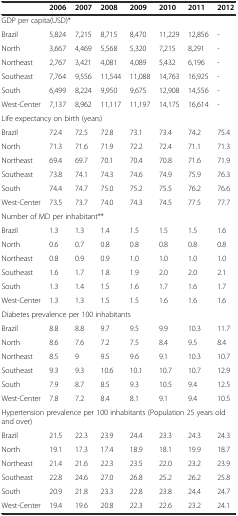
<table><thead><tr><td></td><td><b>2006</b></td><td><b>2007</b></td><td><b>2008</b></td><td><b>2009</b></td><td><b>2010</b></td><td><b>2011</b></td><td><b>2012</b></td></tr></thead><tbody><tr><td colspan="8">GDP per capita(USD)*</td></tr><tr><td>Brazil</td><td>5,824</td><td>7,215</td><td>8,715</td><td>8,470</td><td>11,229</td><td>12,856</td><td>-</td></tr><tr><td>North</td><td>3,667</td><td>4,469</td><td>5,568</td><td>5,320</td><td>7,215</td><td>8,291</td><td>-</td></tr><tr><td>Northeast</td><td>2,767</td><td>3,421</td><td>4,081</td><td>4,089</td><td>5,432</td><td>6,196</td><td>-</td></tr><tr><td>Southeast</td><td>7,764</td><td>9,556</td><td>11,544</td><td>11,088</td><td>14,763</td><td>16,925</td><td>-</td></tr><tr><td>South</td><td>6,499</td><td>8,224</td><td>9,950</td><td>9,675</td><td>12,908</td><td>14,556</td><td>-</td></tr><tr><td>West-Center</td><td>7,137</td><td>8,962</td><td>11,117</td><td>11,197</td><td>14,175</td><td>16,614</td><td>-</td></tr><tr><td colspan="6">Life expectancy on birth (years)</td><td></td><td></td></tr><tr><td>Brazil</td><td>72.4</td><td>72.5</td><td>72.8</td><td>73.1</td><td>73.4</td><td>74.2</td><td>75.4</td></tr><tr><td>North</td><td>71.3</td><td>71.6</td><td>71.9</td><td>72.2</td><td>72.4</td><td>71.1</td><td>71.3</td></tr><tr><td>Northeast</td><td>69.4</td><td>69.7</td><td>70.1</td><td>70.4</td><td>70.8</td><td>71.6</td><td>71.9</td></tr><tr><td>Southeast</td><td>73.8</td><td>74.1</td><td>74.3</td><td>74.6</td><td>74.9</td><td>75.9</td><td>76.3</td></tr><tr><td>South</td><td>74.4</td><td>74.7</td><td>75.0</td><td>75.2</td><td>75.5</td><td>76.2</td><td>76.6</td></tr><tr><td>West-Center</td><td>73.5</td><td>73.7</td><td>74.0</td><td>74.3</td><td>74.5</td><td>77.5</td><td>77.7</td></tr><tr><td colspan="8">Number of MD per inhabitant**</td></tr><tr><td>Brazil</td><td>1.3</td><td>1.3</td><td>1.4</td><td>1.5</td><td>1.5</td><td>1.5</td><td>1.6</td></tr><tr><td>North</td><td>0.6</td><td>0.7</td><td>0.8</td><td>0.8</td><td>0.8</td><td>0.8</td><td>0.8</td></tr><tr><td>Northeast</td><td>0.8</td><td>0.9</td><td>0.9</td><td>1.0</td><td>1.0</td><td>1.0</td><td>1.0</td></tr><tr><td>Southeast</td><td>1.6</td><td>1.7</td><td>1.8</td><td>1.9</td><td>2.0</td><td>2.0</td><td>2.1</td></tr><tr><td>South</td><td>1.3</td><td>1.4</td><td>1.5</td><td>1.6</td><td>1.7</td><td>1.6</td><td>1.7</td></tr><tr><td>West-Center</td><td>1.3</td><td>1.3</td><td>1.5</td><td>1.5</td><td>1.6</td><td>1.6</td><td>1.6</td></tr><tr><td colspan="6">Diabetes prevalence per 100 inhabitants</td><td></td><td></td></tr><tr><td>Brazil</td><td>8.8</td><td>8.8</td><td>9.7</td><td>9.5</td><td>9.9</td><td>10.3</td><td>11.7</td></tr><tr><td>North</td><td>8.6</td><td>7.6</td><td>7.2</td><td>7.5</td><td>8.4</td><td>9.5</td><td>8.4</td></tr><tr><td>Northeast</td><td>8.5</td><td>9</td><td>9.5</td><td>9.6</td><td>9.1</td><td>10.3</td><td>10.7</td></tr><tr><td>Southeast</td><td>9.3</td><td>9.3</td><td>10.6</td><td>10.1</td><td>10.7</td><td>10.7</td><td>12.9</td></tr><tr><td>South</td><td>7.9</td><td>8.7</td><td>8.5</td><td>9.3</td><td>10.5</td><td>9.4</td><td>12.5</td></tr><tr><td>West-Center</td><td>7.8</td><td>7.2</td><td>8.4</td><td>8.1</td><td>9.1</td><td>9.4</td><td>10.5</td></tr><tr><td colspan="8">Hypertension prevalence per 100 inhabitants (Population 25 years old and over)</td></tr><tr><td>Brazil</td><td>21.5</td><td>22.3</td><td>23.9</td><td>24.4</td><td>23.3</td><td>24.3</td><td>24.3</td></tr><tr><td>North</td><td>19.1</td><td>17.3</td><td>17.4</td><td>18.9</td><td>18.1</td><td>19.9</td><td>18.7</td></tr><tr><td>Northeast</td><td>21.4</td><td>21.6</td><td>22.3</td><td>23.5</td><td>22.0</td><td>23.2</td><td>23.9</td></tr><tr><td>Southeast</td><td>22.8</td><td>24.6</td><td>27.0</td><td>26.8</td><td>25.2</td><td>26.2</td><td>25.8</td></tr><tr><td>South</td><td>20.9</td><td>21.8</td><td>23.3</td><td>22.8</td><td>23.8</td><td>24.4</td><td>24.7</td></tr><tr><td>West-Center</td><td>19.4</td><td>19.6</td><td>20.8</td><td>22.3</td><td>22.6</td><td>23.2</td><td>24.1</td></tr></tbody></table>